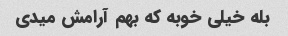
بله خیلی خوبه که بهم آرامش میدی